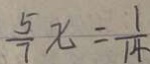
\frac { 5 } { 7 } x = \frac { 1 } { 1 4 }